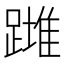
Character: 𨄺